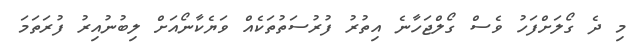
މި ދެ ގޯލަށްފަހު ވެސް ގޯލްޖަހާނެ އިތުރު ފުރުސަތުތަކެއް ވަޔެކާނޯއަށް ލިބުނުއިރު ފުރަތަމަ